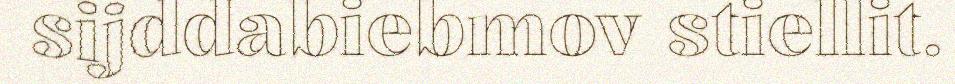
sijddabiebmov stiellit.